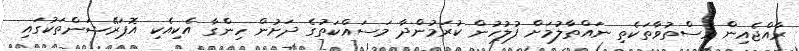
ރާއްޖެއިން މަސްތުވާތަކެތި ނައްތާލުމަށް ފުލުހުން ކުރަމުންދާ މަސައްކަތުގެ ދަށުން ހިންގާ އެކިއެކި އޮޕަރޭޝަންތަކުގައި